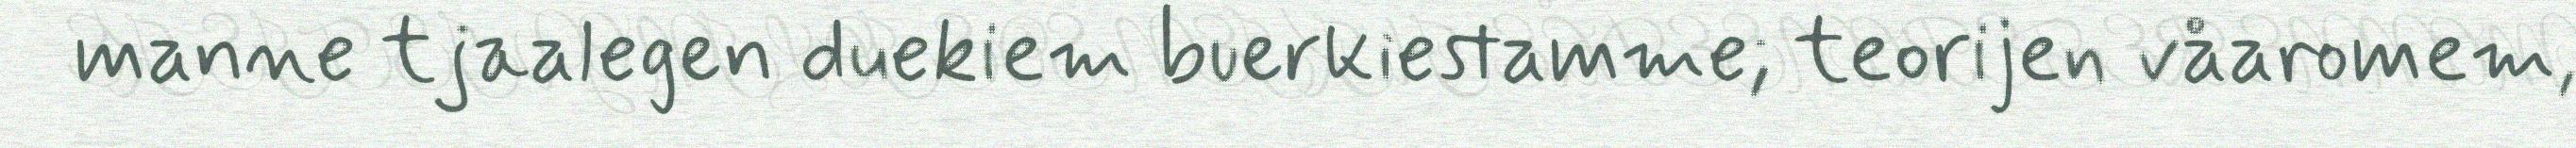
manne tjaalegen duekiem buerkiestamme; teorijen våaromem,